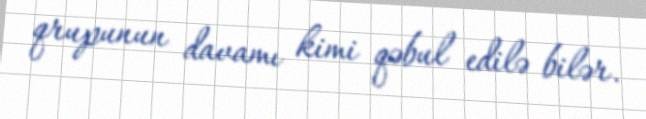
qrupunun davamı kimi qəbul edilə bilər.